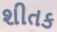
શીતક